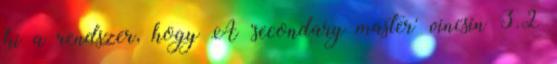
ki a rendszer, hogy A 'secondary master' vincsin 3.2